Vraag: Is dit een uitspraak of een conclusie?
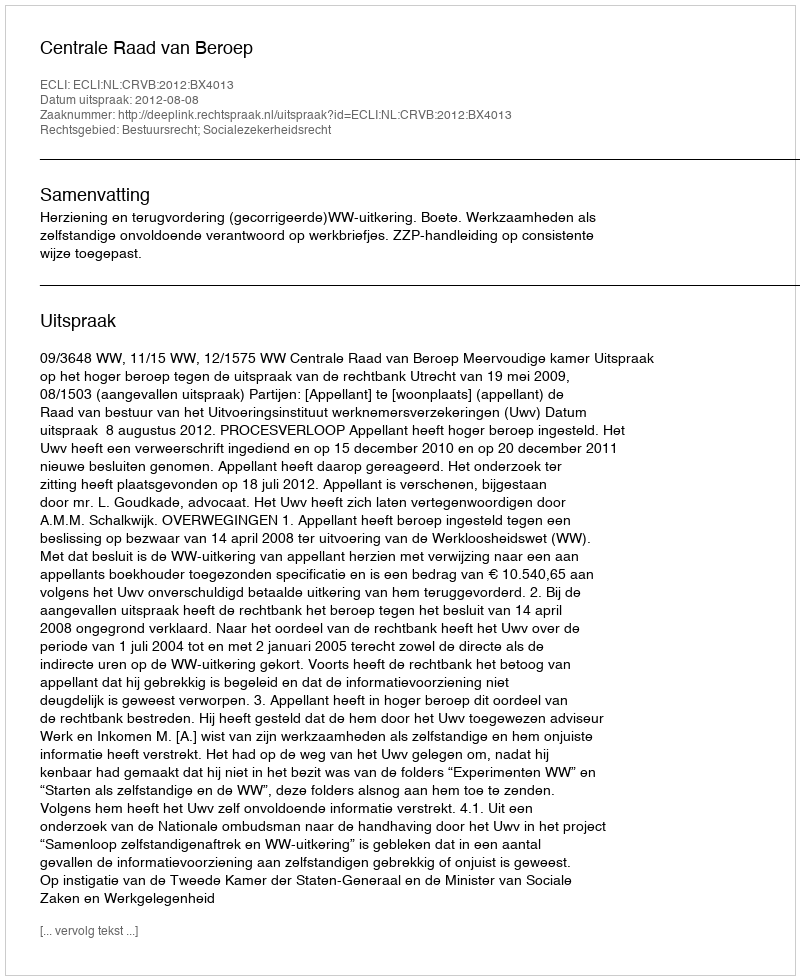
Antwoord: Uitspraak